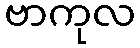
ဗာကုလ